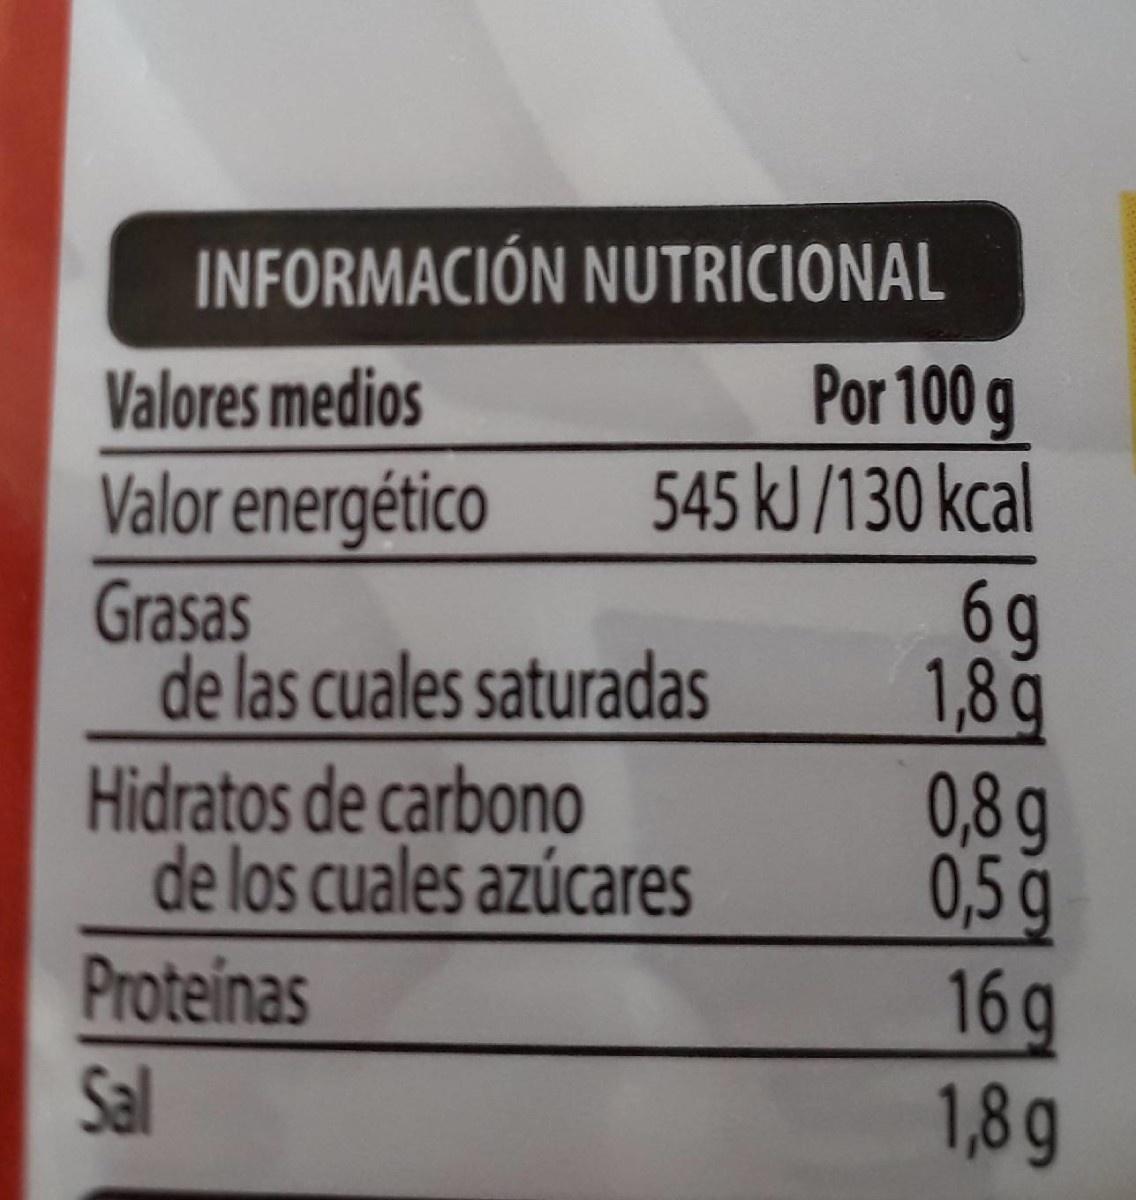
INFORMACIÓN NUTRICIONAL Valores medios Valor energético Por 100 g 545 kJ /130 kcal 6g 1,8g 0,8g 0,5g 16g 1,8g Grasas de las cuales saturadas Hidratos de carbono de los cuales azúcares Proteinas Sal